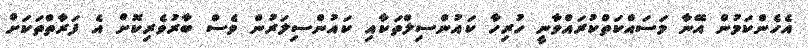
އެހެންކަމުން އޭނާ މަސައްކަތްކުރައްވާނީ ހުރިހާ ކައުންސިލްތަކާއި ކައުންސިލަރުން ވެސް ބާރުވެރިކޮށް އެ ފަރާތްތަކަށް